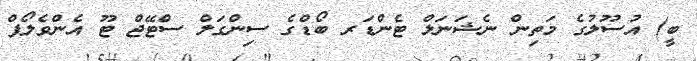
ބީ) އުސޫލުގެ މަތިން ނެޝަނަލް ޓެންޑަރ ބޯޑްގެ ސިންގަލް ސްޓޭޖް ޓޫ އެންވެލޯޕް